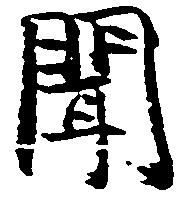
聞